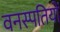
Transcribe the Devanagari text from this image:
वनस्‍पतियों